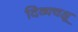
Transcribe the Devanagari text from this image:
दिव्यचक्षू